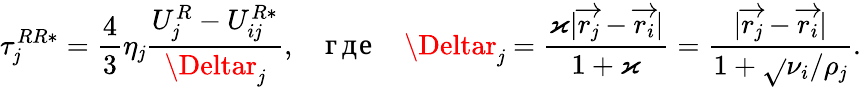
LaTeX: \tau_{\mathit{j}}^{RR*}=\frac{{4}}{{3}}\eta_{\mathit{j}}\frac{{U_{\mathit{j}}^{R}-U_{i\mathit{j}}^{R*}}}{{\Deltar_{\mathit{j}}}},\quad\mathrm{{где}}\quad\Deltar_{\mathit{j}}=\frac{{\varkappa|\overrightarrow{{r_{\mathit{j}}}}-\overrightarrow{{r_{i}}}|}}{{1+\varkappa}}=\frac{{|\overrightarrow{{r_{\mathit{j}}}}-\overrightarrow{{r_{i}}}|}}{{1+\sqrt{}{{\nu_{i}/\rho_{\mathit{j}}}}}}.